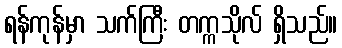
ရန်ကုန်မှာ သက်ကြီး တက္ကသိုလ် ရှိသည်။